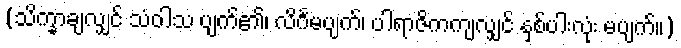
(သိက္ခာချလျှင် သံဝါသ ပျက်၏၊ လိင်္ဂမပျက်၊ ပါရာဇိကကျလျှင် နှစ်ပါးလုံး မပျက်။)